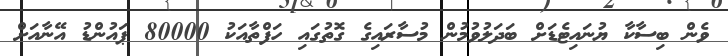
ވެން ބިސާކާ ޔުނައިޓެޑަށް ބަދަލުވުމުން މުސާރައިގެ ގޮތުގައި ހަފްތާއަކު 80000 ޕައުންޑު އޭނާއަށް